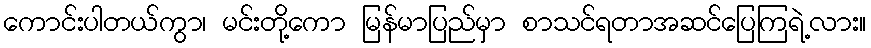
ကောင်းပါတယ်ကွာ၊ မင်းတို့ကော မြန်မာပြည်မှာ စာသင်ရတာအဆင်ပြေကြရဲ့လား။